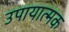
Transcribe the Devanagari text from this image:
उपायात्मक